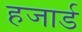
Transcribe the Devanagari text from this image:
हजार्ड